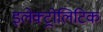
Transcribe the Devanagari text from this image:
इलेक्ट्रोलिटिक